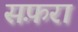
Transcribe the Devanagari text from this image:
सफ़रा